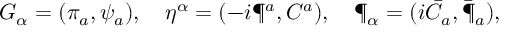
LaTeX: G _ { \alpha } = ( \pi _ { a } , \psi _ { a } ) , \quad \eta ^ { \alpha } = ( - i \P ^ { a } , C ^ { a } ) , \quad \P _ { \alpha } = ( i \bar { C } _ { a } , \bar { \P } _ { a } ) ,